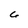
Character: 6